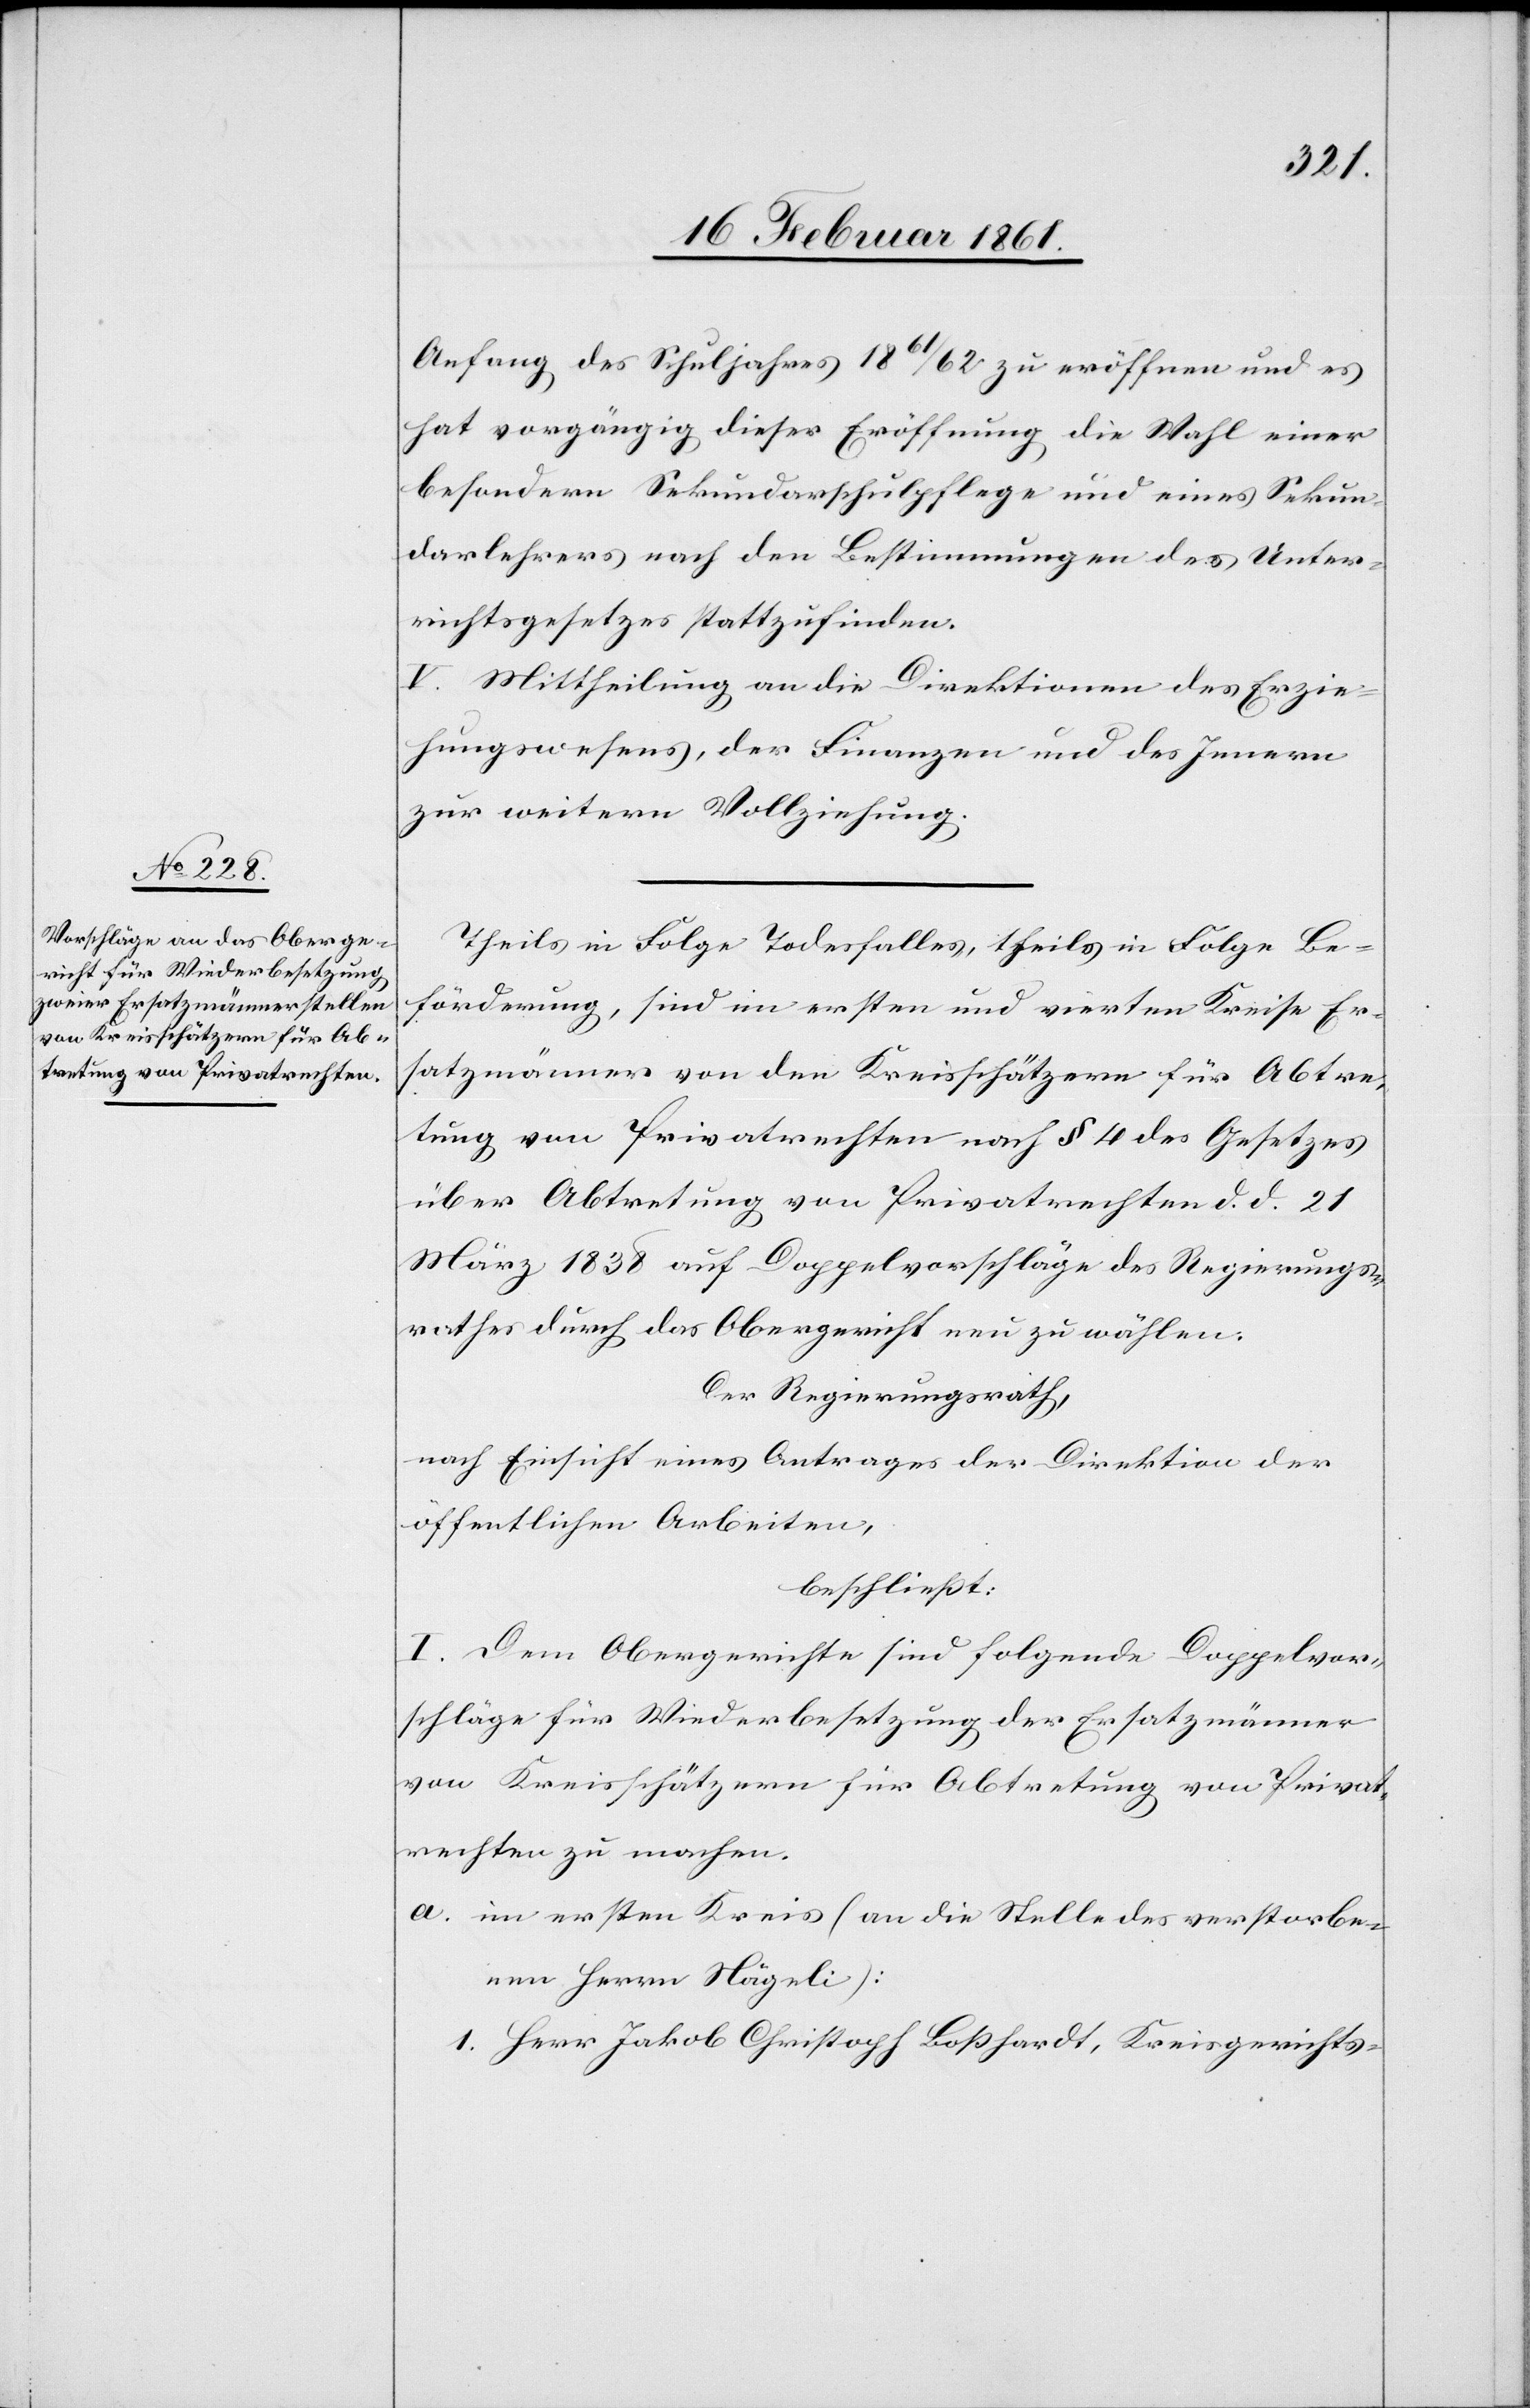
Anfang des Schuljahres 1861/62 zu eröffnen und es
hat vorgängig dieser Eröffnung, die Wahl einer
besondern Sekundarschulpflege und eines Sekun¬
darschullehrers nach den Bestimmungen des Unter¬
richtsgesetzes stattzufinden.
V. Mittheilung an die Direktionen des Erzie¬
hungswesens, der Finanzen und des Innern
zur weitern Vollziehung.
Theils in Folge Todesfalles, theils in Folge Be¬
förderung, sind im ersten und vierten Kreise Er¬
satzmänner von den Kreisschätzern für Abtre¬
tung von Privatrechten nach § 4 des Gesetzes
über Abtretung von Privatrechten d. d. 21.
März 1838 auf Doppelvorschläge des Regierungs¬
rathes durch das Obergericht neu zu wählen.
Der Regierungsrath,
nach Einsicht eines Antrages der Direktion der
öffentlichen Arbeiten,
beschließt:
I. Dem Obergerichte sind folgende Doppelvor¬
schläge für Wiederbesetzung der Ersatzmänner
von Kreisschätzern für Abtretung von Privat¬
rechten zu machen.
a. im ersten Kreis (an die Stelle des verstorbe¬
nen Herrn Nägeli):
1. Herr Jakob Christoph Bosshardt, Kreisgerichts-